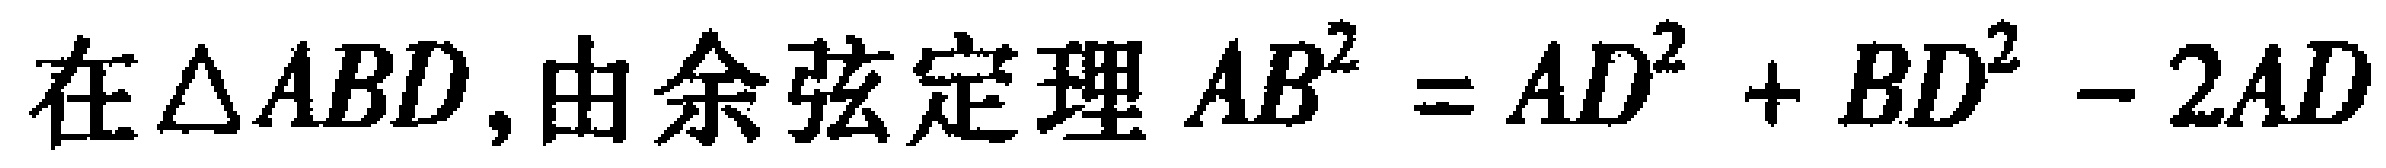
在$\triangle ABD$,由余弦定理$AB^{2}=AD^{2}+BD^{2}-2AD$